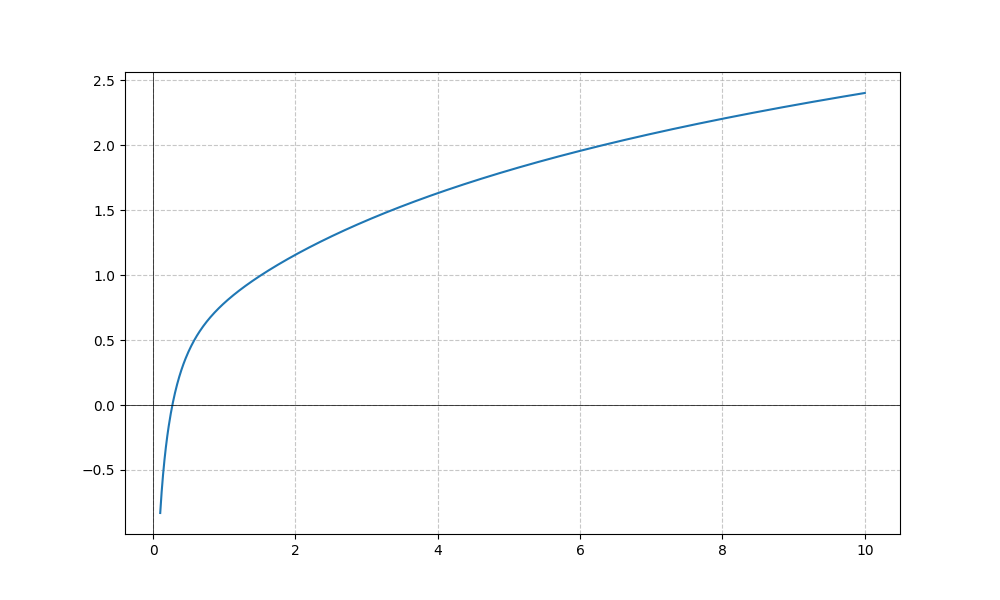
LaTeX formula: \log{\left(x \right)} + \operatorname{acot}{\left(x \right)}